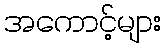
အကောင့်များ